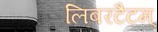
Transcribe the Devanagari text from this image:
लिबरटैटम्